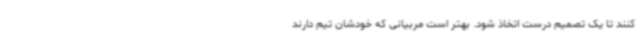
کنند تا یک تصمیم درست اتخاذ شود. بهتر است مربیانی که خودشان تیم دارند